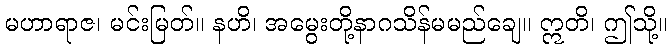
မဟာရာဇ၊ မင်းမြတ်။ နဟိ၊ အမွေးတို့နာဂသိန်မမည်ချေ။ ဣတိ၊ ဤသို့။